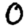
Digit: 0